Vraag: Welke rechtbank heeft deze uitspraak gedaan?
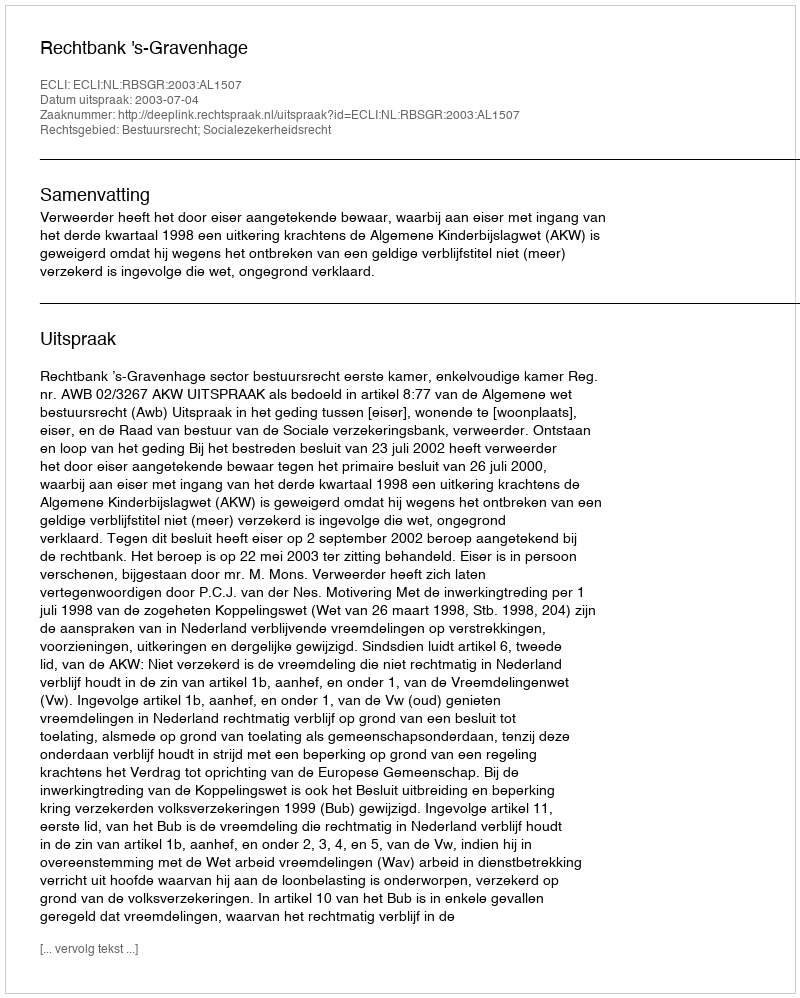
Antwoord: Rechtbank 's-Gravenhage